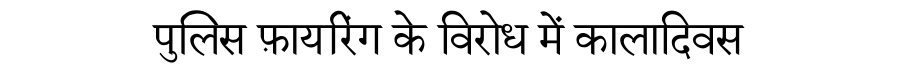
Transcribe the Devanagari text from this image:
पुलिस फ़ायरिंग के विरोध में कालादिवस